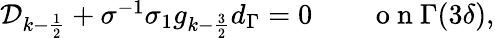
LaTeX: \begin{array}{r}{\mathcal{D}_{k-\frac{1}{2}}+\sigma^{-1}\sigma_{1}g_{k-\frac{3}{2}}d_{\Gamma}=0\qquad\mathrm{~o~n~}\Gamma(3\delta),}\end{array}